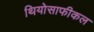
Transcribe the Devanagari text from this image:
थियोसाफीकल